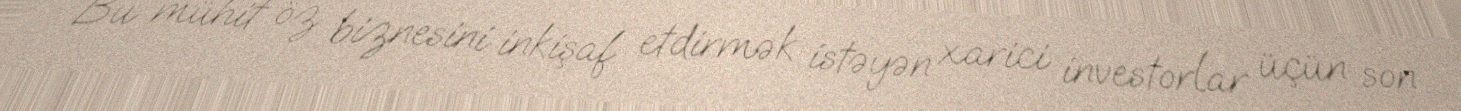
Bu mühit öz biznesini inkişaf etdirmək istəyən xarici investorlar üçün son